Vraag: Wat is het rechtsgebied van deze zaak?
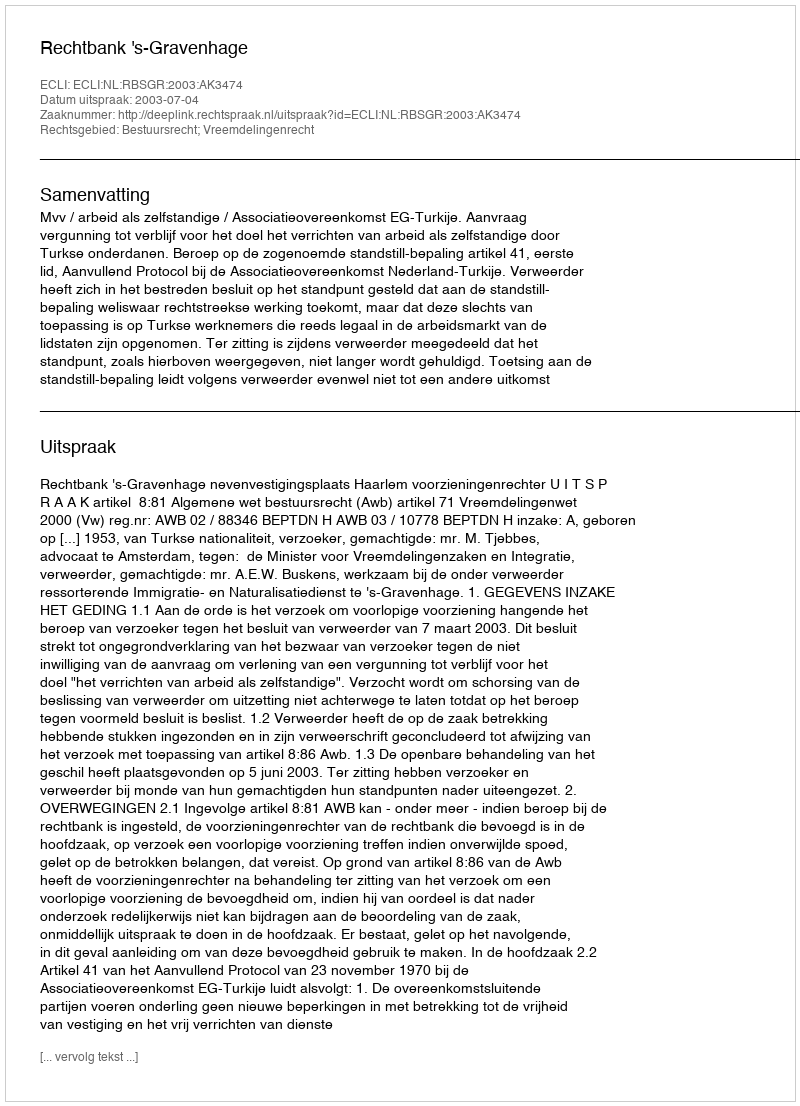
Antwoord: Bestuursrecht; Vreemdelingenrecht